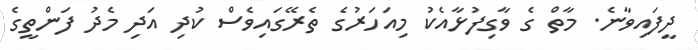
ދީފައިވާނެ. މާތް ގެ ވާގިފުޅާއެކު މިއަހަރުގެ ތެރޭގައިވެސް ކުދި އަދި މެދު ފަންތީގެ